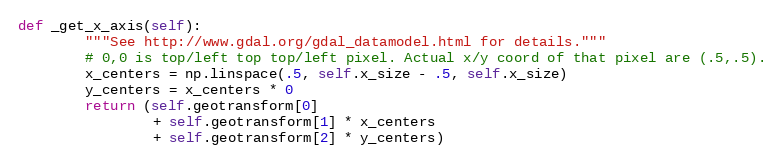
Language: Python
def _get_x_axis(self):
        """See http://www.gdal.org/gdal_datamodel.html for details."""
        # 0,0 is top/left top top/left pixel. Actual x/y coord of that pixel are (.5,.5).
        x_centers = np.linspace(.5, self.x_size - .5, self.x_size)
        y_centers = x_centers * 0
        return (self.geotransform[0]
                + self.geotransform[1] * x_centers
                + self.geotransform[2] * y_centers)